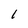
Character: 1